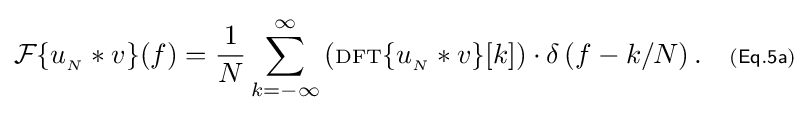
{\mathcal {F}}\{u_{_{N}}*v\}(f)={\frac {1}{N}}\sum _{k=-\infty }^{\infty }\left(\scriptstyle {\rm {DFT}}\displaystyle \{u_{_{N}}*v\}[k]\right)\cdot \delta \left(f-k/N\right).\quad \scriptstyle {\mathsf {(Eq.5a)}}